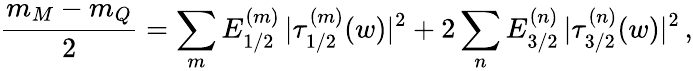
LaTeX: {\frac{m_{M}-m_{Q}}{2}}=\sum_{m}E_{1/2}^{(m)}\, |\tau_{1/2}^{(m)}(w)|^{2}+2\sum_{n}E_{3/2}^{(n)}\, |\tau_{3/2}^{(n)}(w)|^{2}\, ,